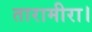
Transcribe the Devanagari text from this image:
तारामीरा।